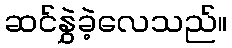
ဆင်နွှဲခဲ့လေသည်။